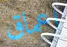
اعماق